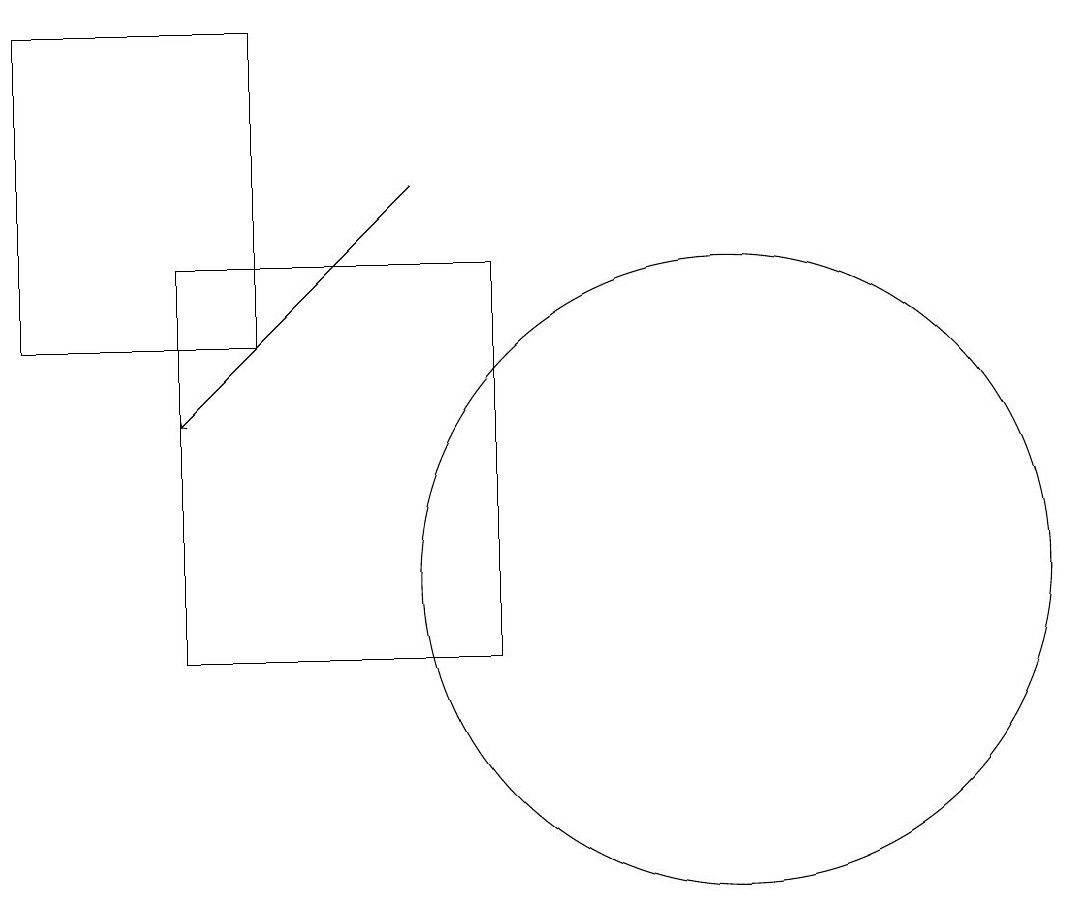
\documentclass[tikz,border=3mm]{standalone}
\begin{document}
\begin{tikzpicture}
\draw (4,10) rectangle (8,15);
\draw (11,11) circle (4);
\draw[->] (7,16) -- (4,13);
\draw (5,18) rectangle (2,14);
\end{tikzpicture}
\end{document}